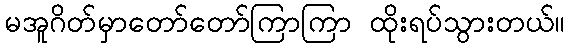
မအူဂိတ်မှာတော်တော်ကြာကြာ ထိုးရပ်သွားတယ်။